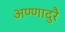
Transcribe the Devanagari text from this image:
अण्णादुरै